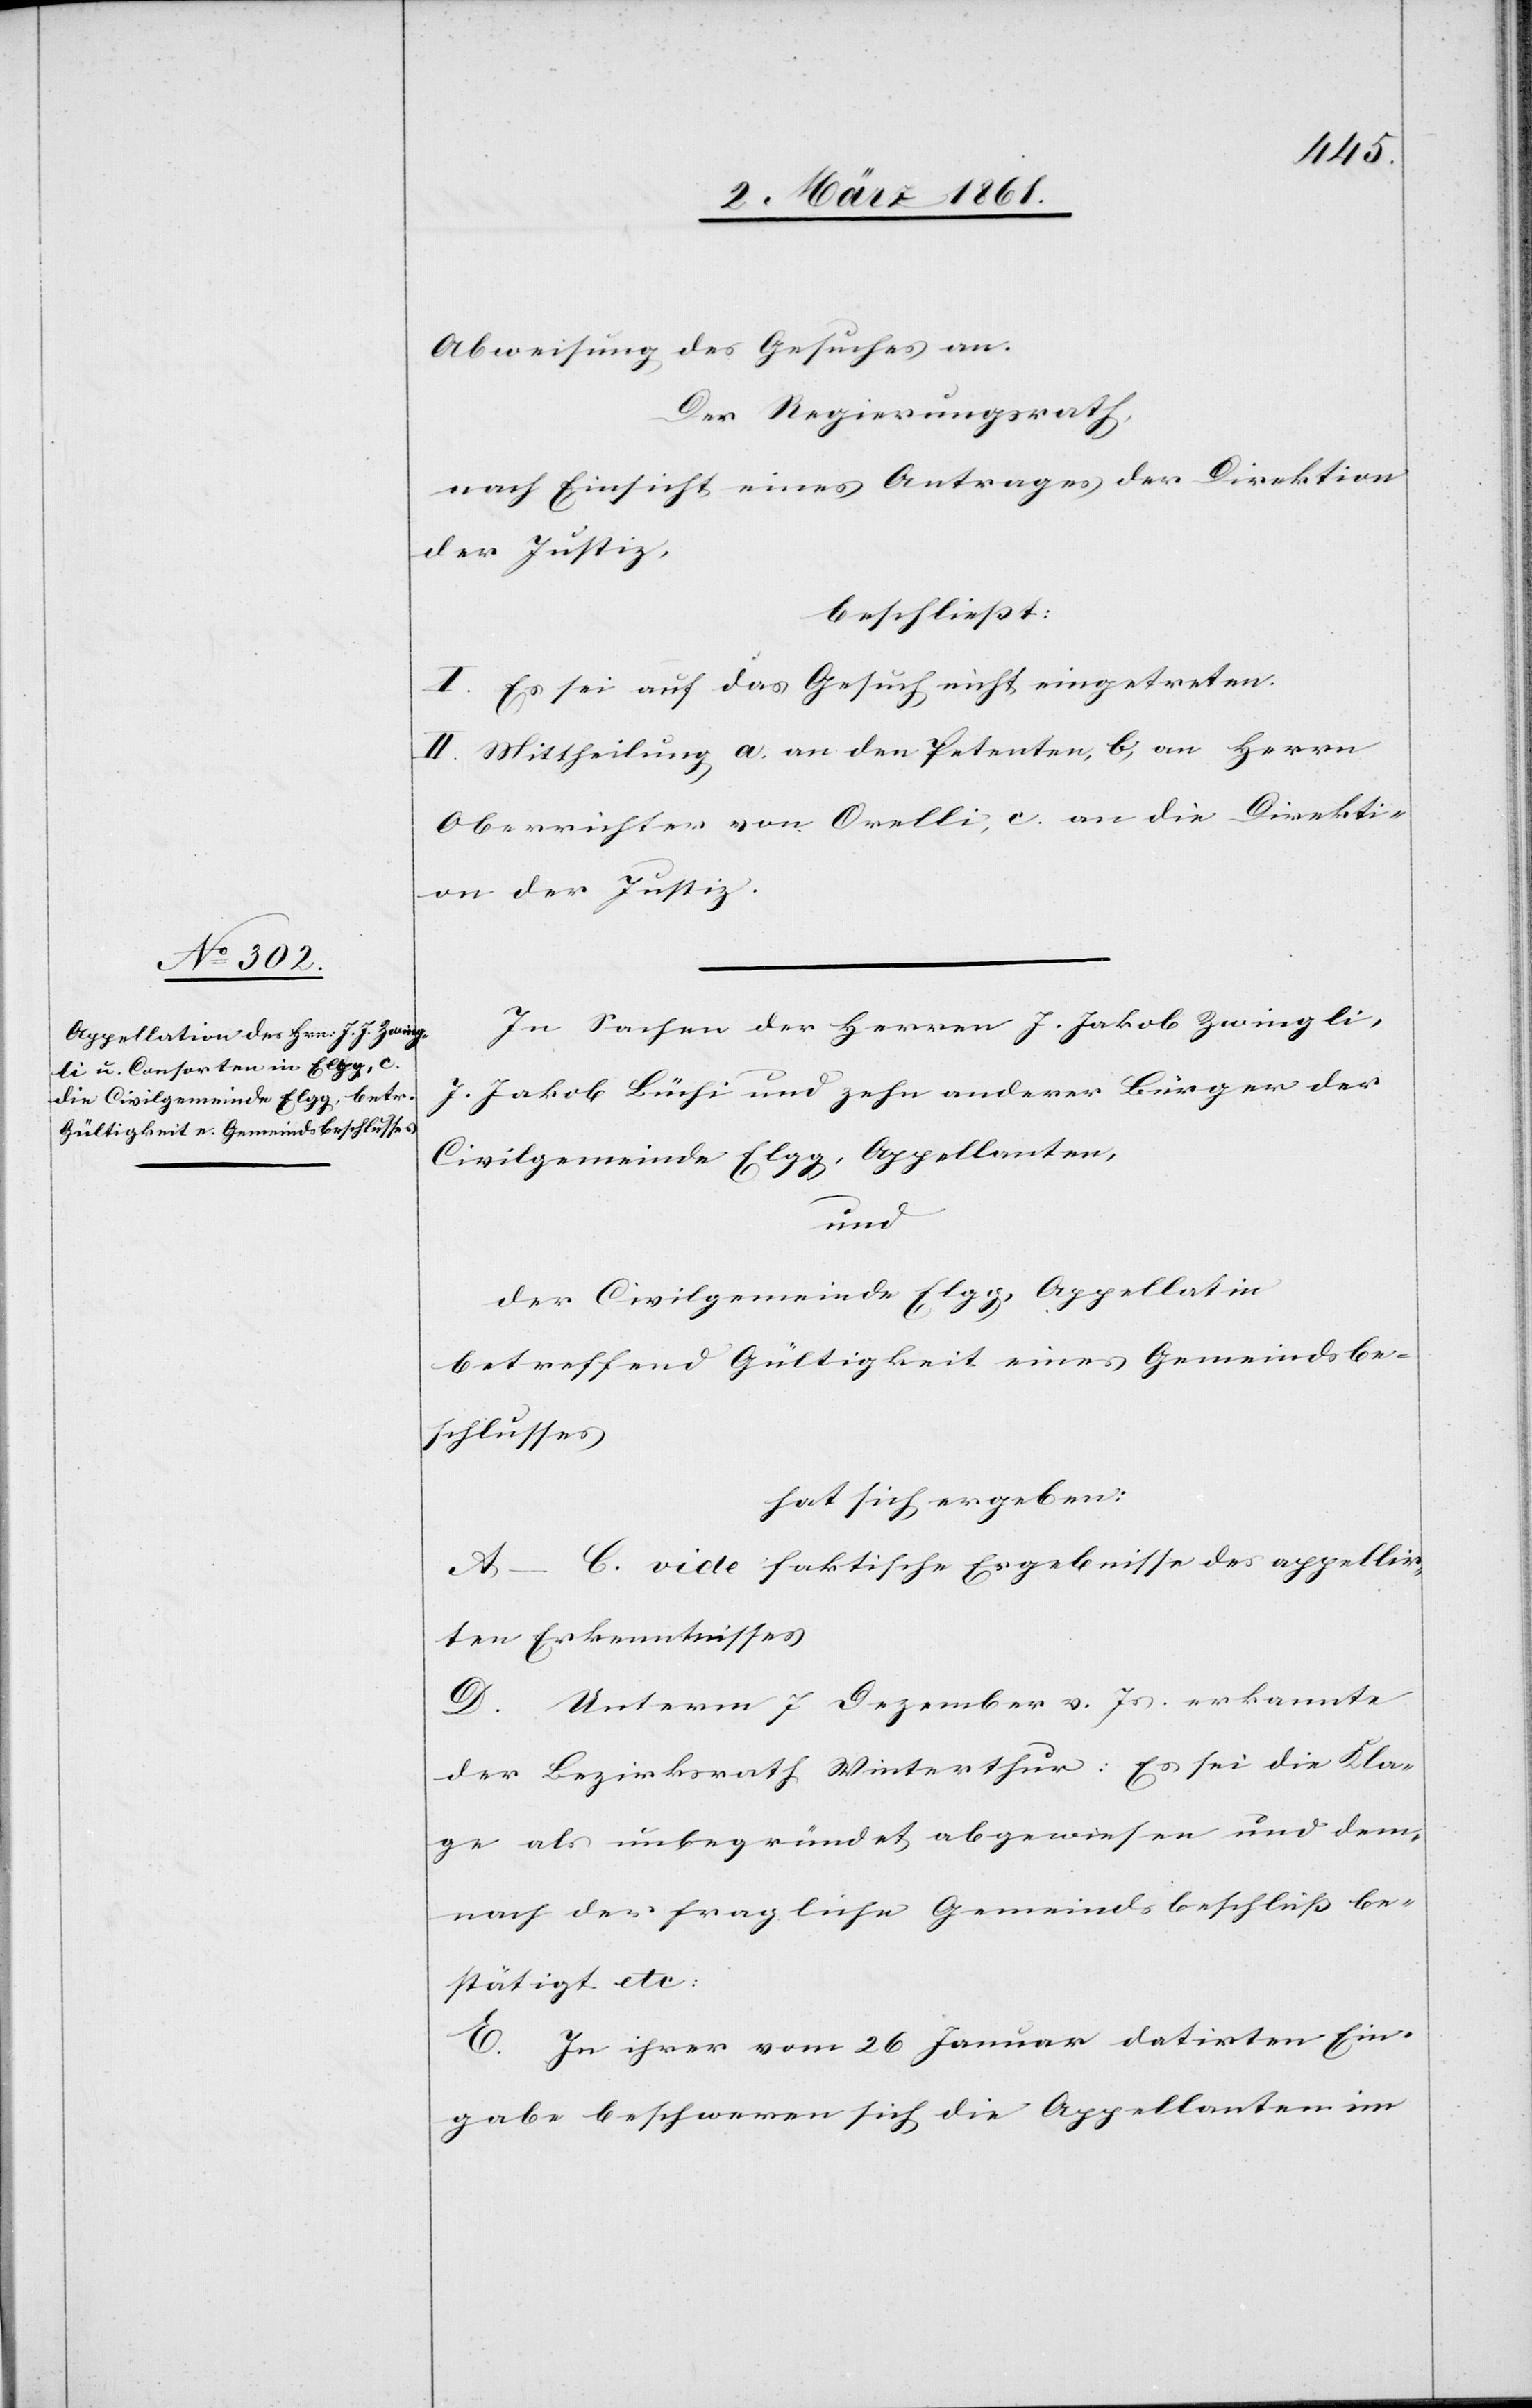
Abweisung des Gesuches an.
Der Regierungsrath,
nach Einsicht eines Antrages der Direktion
der Justiz,
beschliesst:
I. Es sei auf das Gesuch nicht einzutreten.
II. Mittheilung a. an den Petenten, b. an Herrn
Oberrichter von Orelli, c. an die Direkti¬
on der Justiz.
In Sachen der Herren J. Jakob Zwingli,
J. Jakob Büchi und zehn anderer Bürger der
Civilgemeinde Elgg, Appellanten,
und
der Civilgemeinde Elgg, Appellatin
betreffend Gültigkeit eines Gemeindsbe¬
schlusses
hat sich ergeben:
A–C. vide faktische Ergebnisse des appellir¬
ten Erkenntnisses
D. Unterm 7 Dezember v. Js. erkannte
der Bezirksrath Winterthur: Es sei die Kla¬
ge als unbegründet abgewiesen und dem¬
nach der fragliche Gemeindsbeschluss be¬
stätigt etc.
In ihrer vom 26 Januar datirten Ein¬
gabe beschwerten sich die Appellanten im